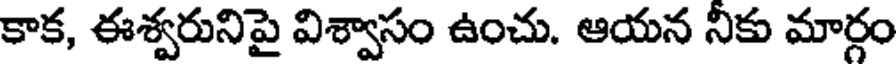
కాక, ఈశ్వరునిపై విశ్వాసం ఉంచు. ఆయన నీకు మార్గం